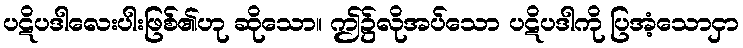
ပဋိပဒါလေးပါးဖြစ်၏ဟု ဆိုသော။ ဤ၌လိုအပ်သော ပဋိပဒါကို ပြအံ့သောငှာ